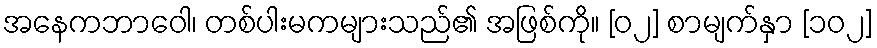
အနေကဘာဝေါ၊ တစ်ပါးမကများသည်၏ အဖြစ်ကို။ [၀၂] စာမျက်နှာ [၁၀၂]